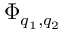
\Phi _ { q _ { 1 } , q _ { 2 } }